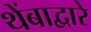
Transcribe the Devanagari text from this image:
थेंबाद्वारे